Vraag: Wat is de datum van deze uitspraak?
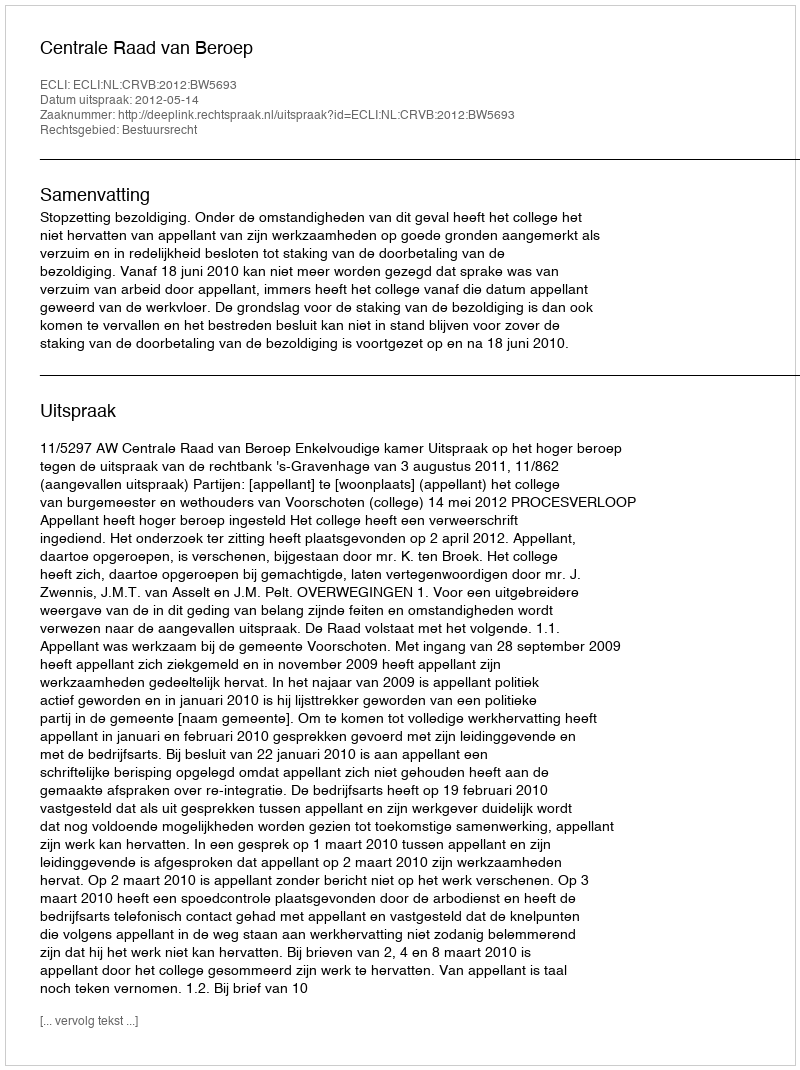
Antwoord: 2012-05-14